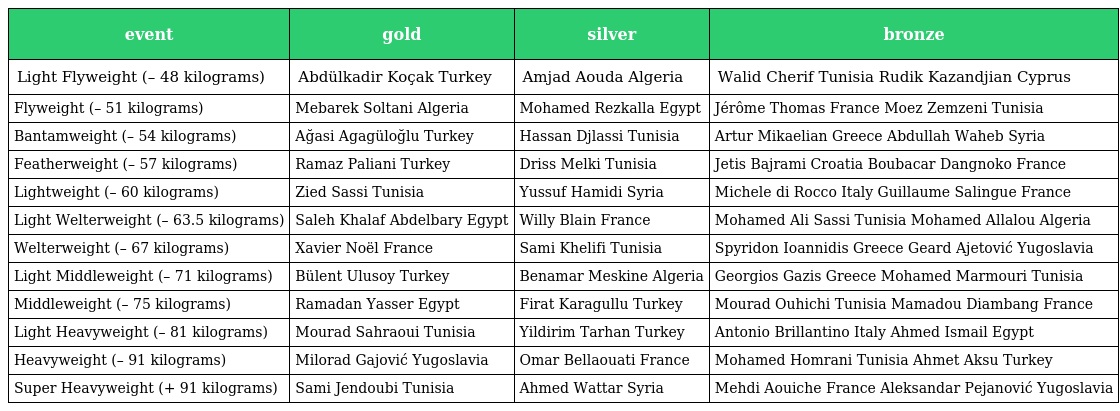
| event | gold | silver | bronze |
 | --- | --- | --- | --- |
 | Light Flyweight (– 48 kilograms) | Abdülkadir Koçak Turkey | Amjad Aouda Algeria | Walid Cherif Tunisia Rudik Kazandjian Cyprus |
 | Flyweight (– 51 kilograms) | Mebarek Soltani Algeria | Mohamed Rezkalla Egypt | Jérôme Thomas France Moez Zemzeni Tunisia |
 | Bantamweight (– 54 kilograms) | Ağasi Agagüloğlu Turkey | Hassan Djlassi Tunisia | Artur Mikaelian Greece Abdullah Waheb Syria |
 | Featherweight (– 57 kilograms) | Ramaz Paliani Turkey | Driss Melki Tunisia | Jetis Bajrami Croatia Boubacar Dangnoko France |
 | Lightweight (– 60 kilograms) | Zied Sassi Tunisia | Yussuf Hamidi Syria | Michele di Rocco Italy Guillaume Salingue France |
 | Light Welterweight (– 63.5 kilograms) | Saleh Khalaf Abdelbary Egypt | Willy Blain France | Mohamed Ali Sassi Tunisia Mohamed Allalou Algeria |
 | Welterweight (– 67 kilograms) | Xavier Noël France | Sami Khelifi Tunisia | Spyridon Ioannidis Greece Geard Ajetović Yugoslavia |
 | Light Middleweight (– 71 kilograms) | Bülent Ulusoy Turkey | Benamar Meskine Algeria | Georgios Gazis Greece Mohamed Marmouri Tunisia |
 | Middleweight (– 75 kilograms) | Ramadan Yasser Egypt | Firat Karagullu Turkey | Mourad Ouhichi Tunisia Mamadou Diambang France |
 | Light Heavyweight (– 81 kilograms) | Mourad Sahraoui Tunisia | Yildirim Tarhan Turkey | Antonio Brillantino Italy Ahmed Ismail Egypt |
 | Heavyweight (– 91 kilograms) | Milorad Gajović Yugoslavia | Omar Bellaouati France | Mohamed Homrani Tunisia Ahmet Aksu Turkey |
 | Super Heavyweight (+ 91 kilograms) | Sami Jendoubi Tunisia | Ahmed Wattar Syria | Mehdi Aouiche France Aleksandar Pejanović Yugoslavia |